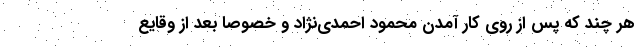
هر چند که پس از روی کار آمدن محمود احمدی‌نژاد و خصوصا بعد از وقایع